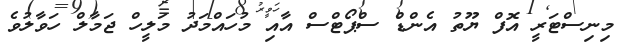
މިނިސްޓަރީ އޮފް ޔޫތު އެންޑް ސްޕޯޓްސް އާއި މުހައްމަދު މަލީހް ޖަމާލް ހަވާލުވެ